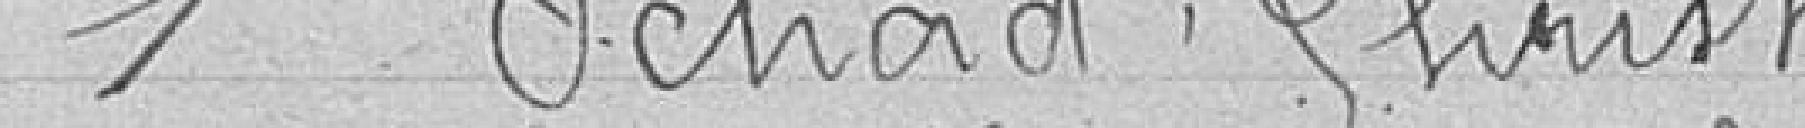
1. SCHAD Christ